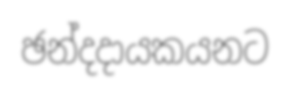
ඡන්දදායකයනට